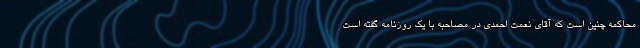
محاكمه چنين است كه آقاي نعمت احمدي در مصاحبه با یک روزنامه گفته است